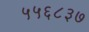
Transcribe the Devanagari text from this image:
५५६८३७